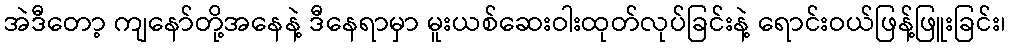
အဲဒီတော့ ကျနော်တို့အနေနဲ့ ဒီနေရာမှာ မူးယစ်ဆေးဝါးထုတ်လုပ်ခြင်းနဲ့ ရောင်းဝယ်ဖြန့်ဖြူးခြင်း၊